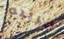
غريبه